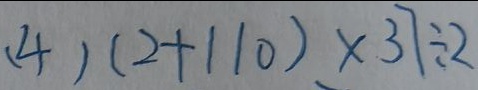
( 4 ) ( 2 + 1 1 0 ) \times 3 7 \div 2